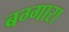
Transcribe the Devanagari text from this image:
बग्गारा